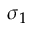
\sigma _ { 1 }